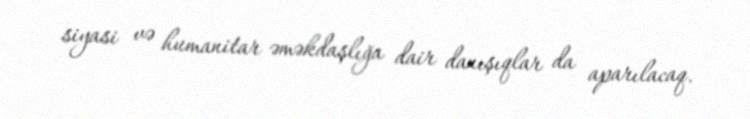
siyasi və humanitar əməkdaşlığa dair danışıqlar da aparılacaq.